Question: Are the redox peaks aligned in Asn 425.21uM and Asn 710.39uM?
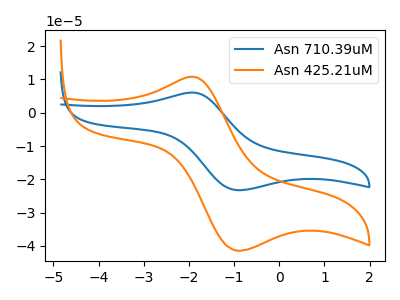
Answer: <think>The blue curve "Asn 710.39uM" has an anodic peak at (-1.95V, 6.05uA) and a cathodic peak at (-0.95V, -23.25uA). The orange curve "Asn 425.21uM" has an anodic peak at (-1.95V, 10.80uA) and a cathodic peak at (-0.95V, -41.40uA).</think>
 <answer>Yes, "Asn 425.21uM" have a peak in "Asn 710.39uM" at the same potential.</answer>
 <eval>match</eval>